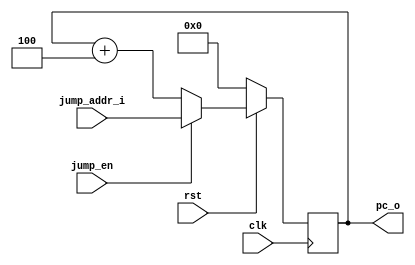
module pc_reg(
	input wire 		 clk,
	input wire 		 rst,
	input wire[31:0] jump_addr_i,
	input wire 		 jump_en,
	output reg[31:0] pc_o
);

	always @(posedge clk) begin
		if(rst == 1'b0)
			pc_o <= 32'b0;
		else if(jump_en)
			pc_o <= jump_addr_i;
		else
			pc_o <= pc_o + 3'd4;
	end

endmodule